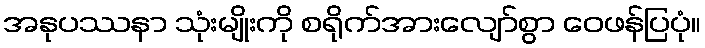
အနုပဿနာ သုံးမျိုးကို စရိုက်အားလျော်စွာ ဝေဖန်ပြပုံ။